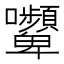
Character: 𭍔